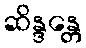
ဆိန္ဒန္တေ